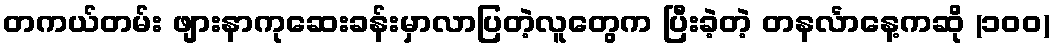
တကယ်တမ်း ဖျားနာကုဆေးခန်းမှာလာပြတဲ့လူတွေက ပြီးခဲ့တဲ့ တနင်္လာနေ့ကဆို (၁၀၀)